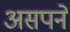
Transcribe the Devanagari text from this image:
असपने